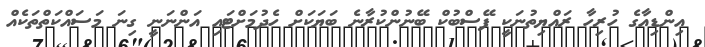
އިންޑިއާގެ ހުރިހާ ރައްޔިތުނަކީ ފޭސްބުކް ބޭނުންކުރާނެ ބަޔަކަށް ހެދުމަށްޓައި އަންނަނީ ގިނަ މަސައްކަތްތަކެއް